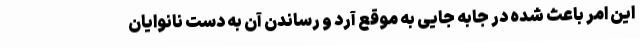
این امر باعث شده در جابه جایی به موقع آرد و رساندن آن به دست نانوایان